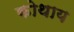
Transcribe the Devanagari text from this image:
कोथाय